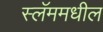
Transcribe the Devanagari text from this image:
स्लॅममधील